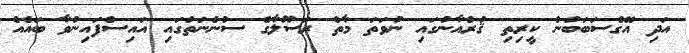
އަދި އޭގެސަބަބުން ކީރިތި ޤުރްއާނުގައި ނުވަތަ މާތް ރަސޫލާގެ ސުންނަތުގައި އައިސްފައިނުވާ ބައެއް